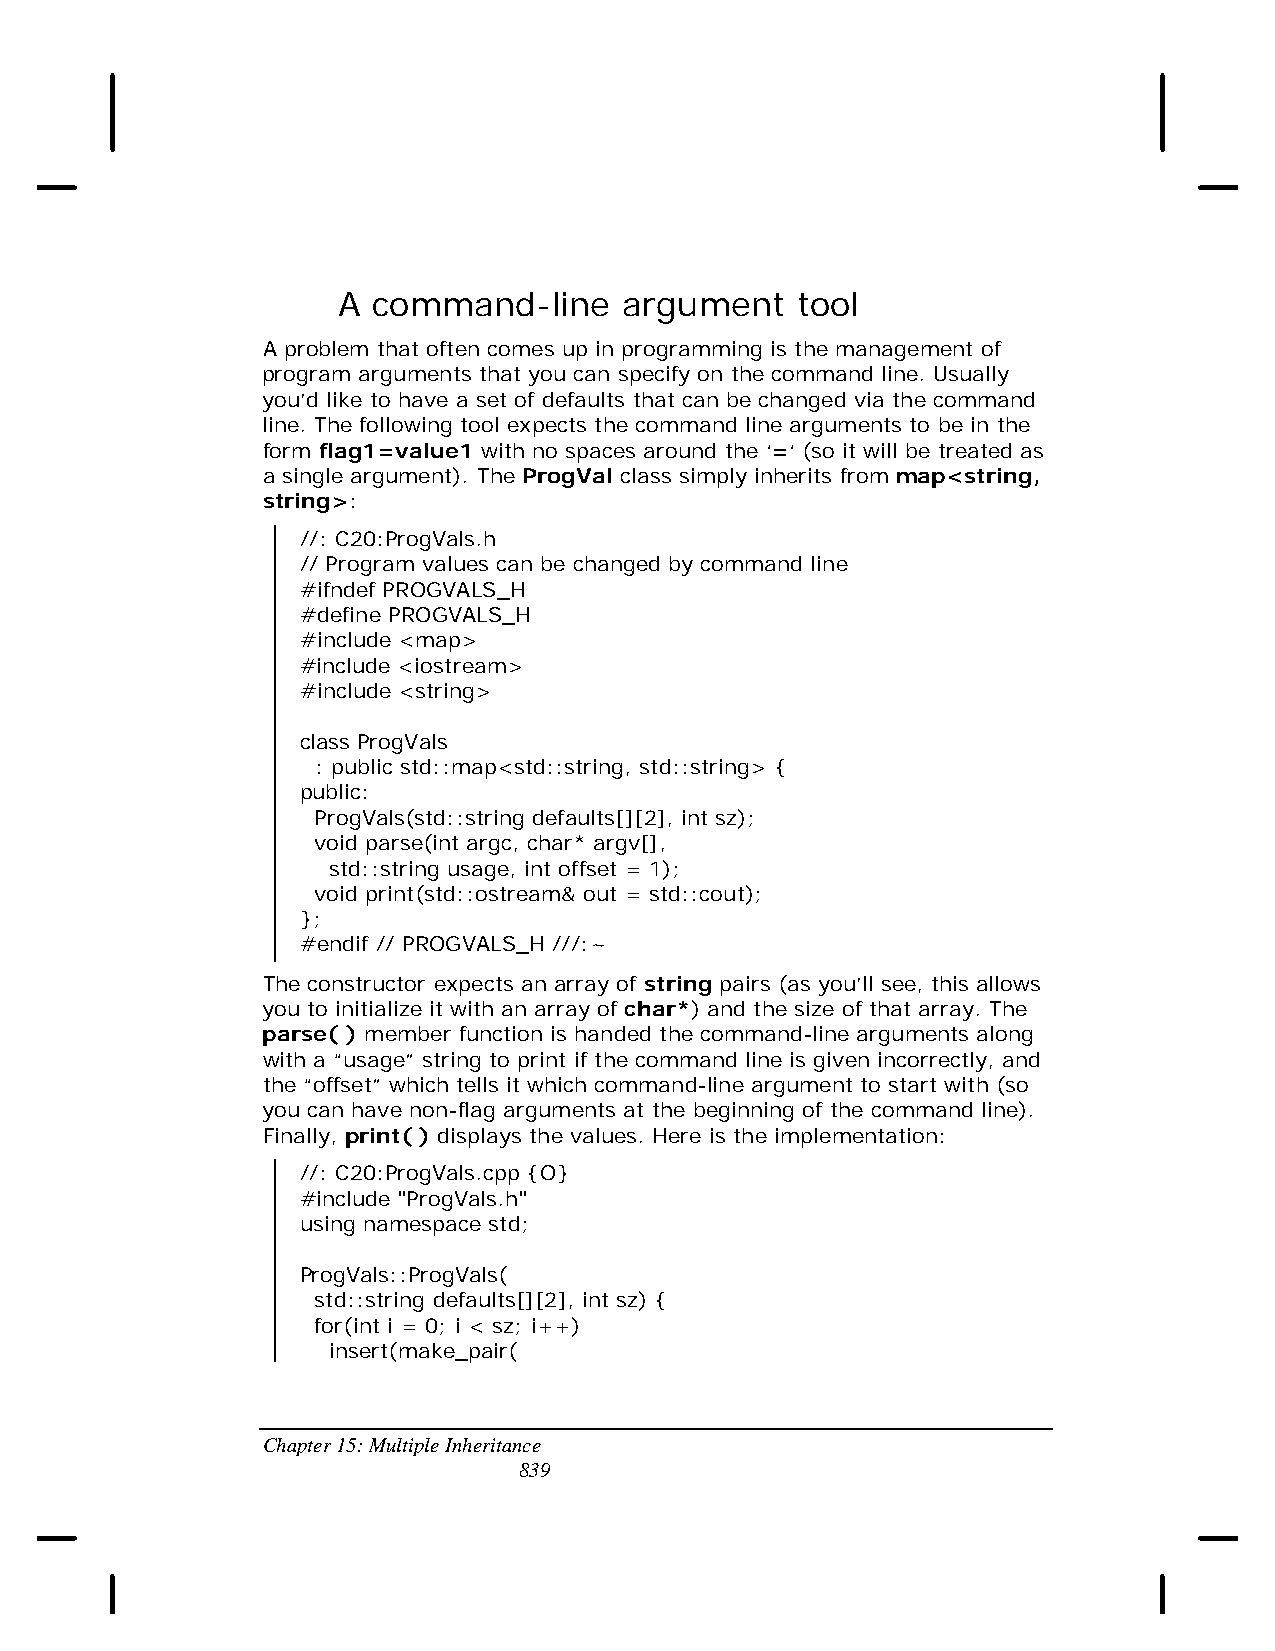
A  command-line    argument    tool
 A problem that often comes up in programming is the management of
 program arguments that you can specify on the command line. Usually
 you’d like to have a set of defaults that can be changed via the command
 line. The following tool expects the command line arguments to be in the
 form flag1=value1 with no spaces around the ‘=‘ (so it will be treated as
 a single argument). The ProgVal class simply inherits from map<string,
 string>:
 //: C20:ProgVals.h
 // Program values can be changed by command line
 #ifndef PROGVALS_H
 #define PROGVALS_H
 #include <map>
 #include <iostream>
 #include <string>
 class ProgVals
 : public std::map<std::string, std::string> {
 public:
 ProgVals(std::string defaults[][2], int sz);
 void parse(int argc, char* argv[],
 std::string usage, int offset = 1);
 void print(std::ostream& out = std::cout);
 };
 #endif // PROGVALS_H ///:~
 The constructor expects an array of string pairs (as you’ll see, this allows
 you to initialize it with an array of char*) and the size of that array. The
 parse( ) member function is handed the command-line arguments along
 with a “usage” string to print if the command line is given incorrectly, and
 the “offset” which tells it which command-line argument to start with (so
 you can have non-flag arguments at the beginning of the command line).
 Finally, print( ) displays the values. Here is the implementation:
 //: C20:ProgVals.cpp {O}
 #include "ProgVals.h"
 using namespace std;
 ProgVals::ProgVals(
 std::string defaults[][2], int sz) {
 for(int i = 0; i < sz; i++)
 insert(make_pair(
 Chapter 15: Multiple Inheritance
 839